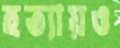
হত্যায়ও